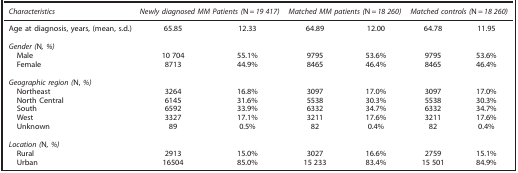
| Characteristics | <COLSPAN=2> Newly diagnosed MM Patients (N=19 417) | <COLSPAN=2> Matched MM patients (N=18 260) | <COLSPAN=2> Matched controls (N=18 260) |
 | --- | --- | --- | --- | --- | --- | --- |
 | Age at diagnosis, years, (mean, s.d.) | 65.85 | 12.33 | 64.89 | 12.00 | 64.78 | 11.95 |
 |  |  |  |  |  |  |  |
 | <COLSPAN=7> Gender (N, %) |
 | Male | 10 704 | 55.1% | 9795 | 53.6% | 9795 | 53.6% |
 | Female | 8713 | 44.9% | 8465 | 46.4% | 8465 | 46.4% |
 |  |  |  |  |  |  |  |
 | <COLSPAN=7> Geographic region (N,%) |
 | Northeast | 3264 | 16.8% | 3097 | 17.0% | 3097 | 17.0% |
 | North Central | 6145 | 31.6% | 5538 | 30.3% | 5538 | 30.3% |
 | South | 6592 | 33.9% | 6332 | 34.7% | 6332 | 34.7% |
 | West | 3327 | 17.1% | 3211 | 17.6% | 3211 | 17.6% |
 | Unknown | 89 | 0.5% | 82 | 0.4% | 82 | 0.4% |
 |  |  |  |  |  |  |  |
 | <COLSPAN=7> Location (N, %) |
 | Rural | 2913 | 15.0% | 3027 | 16.6% | 2759 | 15.1% |
 | Urban | 16504 | 85.0% | 15 233 | 83.4% | 15 501 | 84.9% |